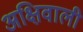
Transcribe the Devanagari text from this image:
अक्षिवाली